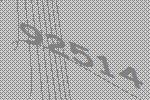
92514